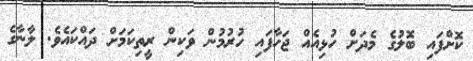
ކޮށްފައި ބޮލުގެ މެދަށް ހުޅިއެއް ޖަހާފައި ހުރުމުން ވަކިން ރީތިކަމަށް ދައްކައެވެ. ލާނާގެ